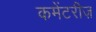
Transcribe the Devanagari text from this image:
कमेंटरीज़